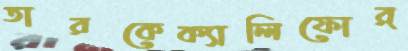
তারকেক্যালিফোর্